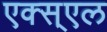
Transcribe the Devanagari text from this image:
एक्स्एल